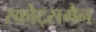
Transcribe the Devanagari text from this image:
स्कोट्समैन